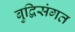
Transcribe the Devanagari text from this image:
बुद्विसंगत